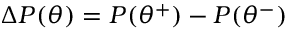
\Delta P ( \theta ) = P ( \theta ^ { + } ) - P ( \theta ^ { - } )